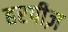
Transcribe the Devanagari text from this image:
हरपीज़